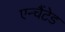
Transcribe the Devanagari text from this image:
एन्चैंटेड